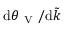
\mathrm { d } \theta _ { \mathrm { ~ V ~ } } / \mathrm { d } \tilde { k }